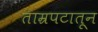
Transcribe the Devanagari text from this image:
ताम्रपटातून